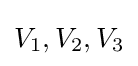
V_{1},V_{2},V_{3}